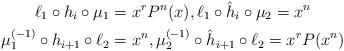
\begin{align*}\ell_1\circ h_i \circ \mu_1&=x^rP^n(x), \ell_1\circ \hat h_i\circ \mu_2=x^n\\\mu_1^{(-1)}\circ h_{i+1} \circ \ell_2&=x^n , \mu_2^{(-1)}\circ \hat h_{i+1}\circ \ell_2=x^rP(x^n)\end{align*}